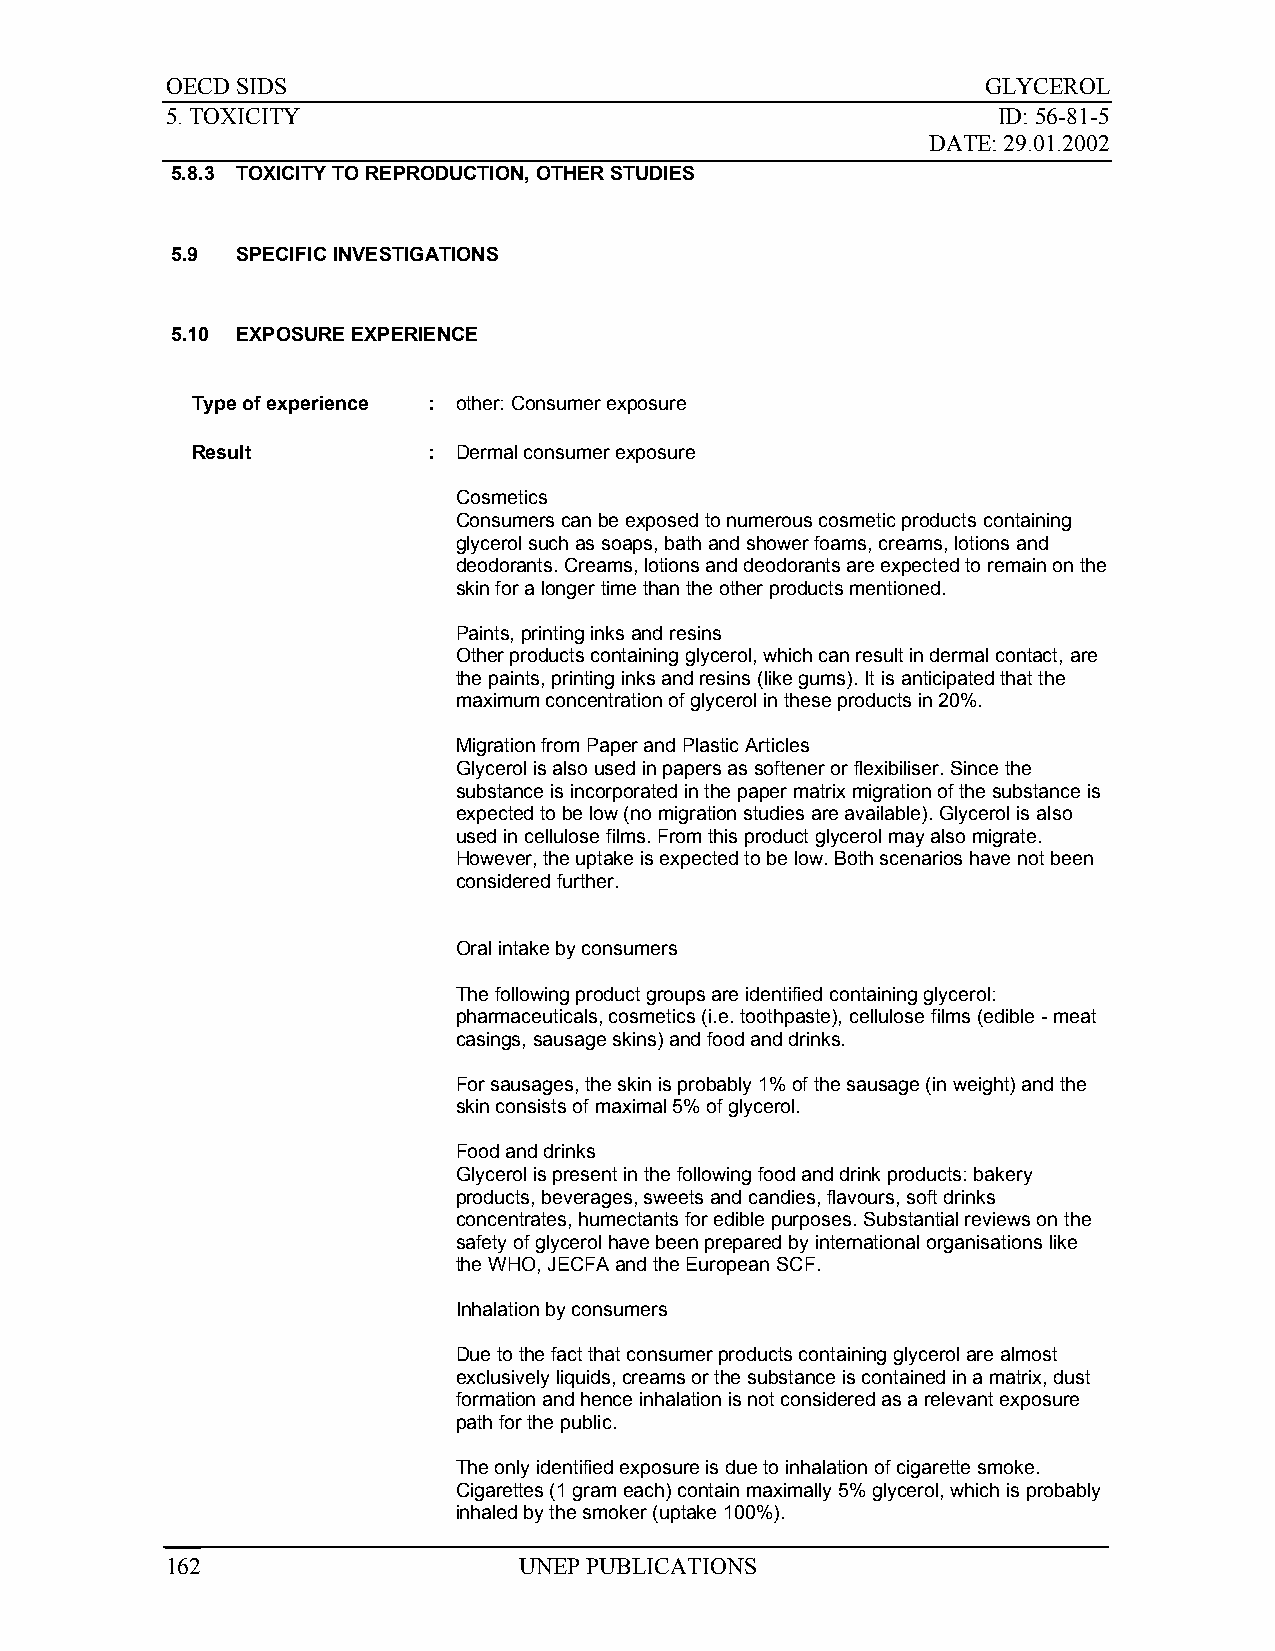
OECD SIDS                                             GLYCEROL
 5. TOXICITY                                            ID: 56-81-5
 DATE: 29.01.2002
 5.8.3 TOXICITY TO REPRODUCTION, OTHER STUDIES
 5.9  SPECIFIC INVESTIGATIONS
 5.10 EXPOSURE EXPERIENCE
 Type of experience : other: Consumer exposure
 Result         : Dermal consumer exposure
 Cosmetics
 Consumers can be exposed to numerous cosmetic products containing
 glycerol such as soaps, bath and shower foams, creams, lotions and
 deodorants. Creams, lotions and deodorants are expected to remain on the
 skin for a longer time than the other products mentioned.
 Paints, printing inks and resins
 Other products containing glycerol, which can result in dermal contact, are
 the paints, printing inks and resins (like gums). It is anticipated that the
 maximum concentration of glycerol in these products in 20%.
 Migration from Paper and Plastic Articles
 Glycerol is also used in papers as softener or flexibiliser. Since the
 substance is incorporated in the paper matrix migration of the substance is
 expected to be low (no migration studies are available). Glycerol is also
 used in cellulose films. From this product glycerol may also migrate.
 However, the uptake is expected to be low. Both scenarios have not been
 considered further.
 Oral intake by consumers
 The following product groups are identified containing glycerol:
 pharmaceuticals, cosmetics (i.e. toothpaste), cellulose films (edible - meat
 casings, sausage skins) and food and drinks.
 For sausages, the skin is probably 1% of the sausage (in weight) and the
 skin consists of maximal 5% of glycerol.
 Food and drinks
 Glycerol is present in the following food and drink products: bakery
 products, beverages, sweets and candies, flavours, soft drinks
 concentrates, humectants for edible purposes. Substantial reviews on the
 safety of glycerol have been prepared by international organisations like
 the WHO, JECFA and the European SCF.
 Inhalation by consumers
 Due to the fact that consumer products containing glycerol are almost
 exclusively liquids, creams or the substance is contained in a matrix, dust
 formation and hence inhalation is not considered as a relevant exposure
 path for the public.
 The only identified exposure is due to inhalation of cigarette smoke.
 Cigarettes (1 gram each) contain maximally 5% glycerol, which is probably
 inhaled by the smoker (uptake 100%).
 162                    UNEP PUBLICATIONS